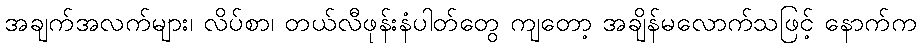
အချက်အလက်များ၊ လိပ်စာ၊ တယ်လီဖုန်းနံပါတ်တွေ ကျတော့ အချိန်မလောက်သဖြင့် နောက်က